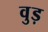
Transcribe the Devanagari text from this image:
वुड़